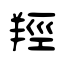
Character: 羥